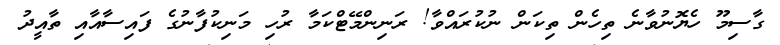
ގާސިމޫ ހެޔޮނުވާނެ ތިހެން ތިކަން ނުކުރައްވާ! ރަނިންމޭޓްކަމާ ރުހި މަނިކުފާނުގެ ފައިސާއާއި ތާއީދު